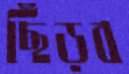
ছিঁড়ব